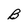
Character: B